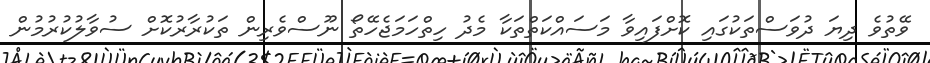
ވޭތުވެ ދިޔަ ދުވަސްތަކުގައި ކޮށްފައިވާ މަސައްކަތްތަކާ މެދު ހިތްހަމަޖެހޭތޯ ނޫސްވެރިން ތަކުރާރުކޮށް ސުވާލުކުރުމުން